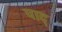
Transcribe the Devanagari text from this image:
पाद्